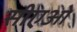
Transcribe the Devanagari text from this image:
सीएओ